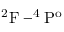
\mathrm { ^ 2 F - ^ { 4 } P ^ { o } }